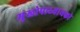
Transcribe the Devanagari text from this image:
मुखोपाध्यायको